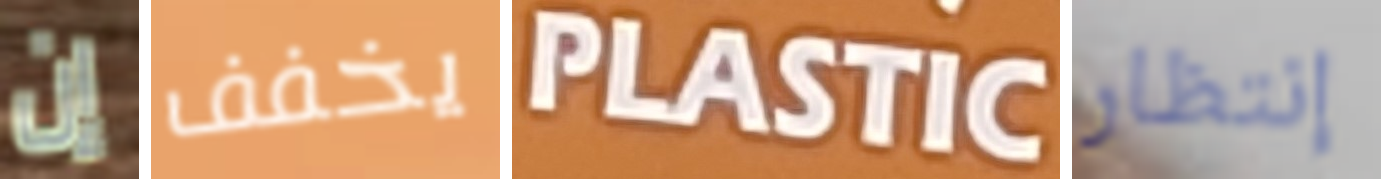
إن يخفف PLASTIC إنتظار